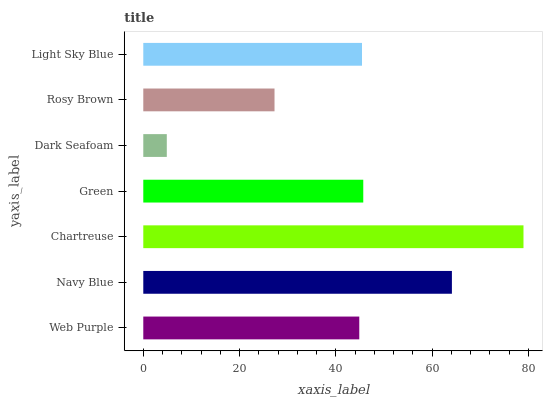
| yaxis_label | bars |
 | --- | --- |
 | Web Purple | 44.9 |
 | Navy Blue | 64.1 |
 | Chartreuse | 79 |
 | Green | 45.7 |
 | Dark Seafoam | 4.88 |
 | Rosy Brown | 27.3 |
 | Light Sky Blue | 45.4 |